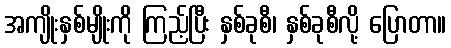
အကျိုးနှစ်မျိုးကို ကြည့်ပြီး နှစ်ခုစီ၊ နှစ်ခုစီလို့ ပြောတာ။